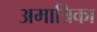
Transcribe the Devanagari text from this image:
अमात्रिका